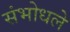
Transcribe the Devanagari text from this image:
संभोधले